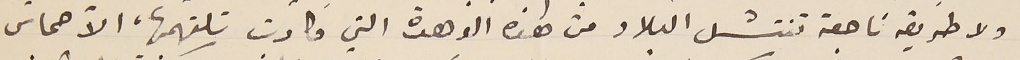
ولا طريقه ناجعة تنتشل البلاد من هذه الوهدة التي كادت تلتهمها، الاّ حماس